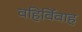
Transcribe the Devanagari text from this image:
वहिर्विवाह